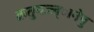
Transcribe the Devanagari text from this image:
क्रतुमज्ज्ानेषु